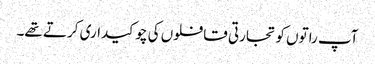
آپ راتوں کو تجارتی قافلوں کی چوکیداری کرتے تھے۔